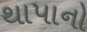
થાપાનો